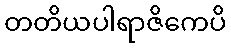
တတိယပါရာဇိကေပိ